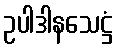
ဥပါဒါနသေဋ္ဌံ